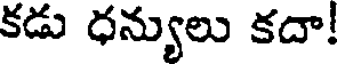
కడు ధన్యులు కదా!